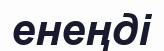
енеңді